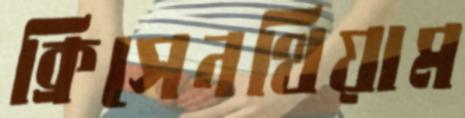
ক্রিসেনথিয়াম